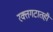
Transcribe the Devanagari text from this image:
रक्तगटातही